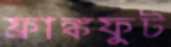
ফ্রাঙ্কফুট